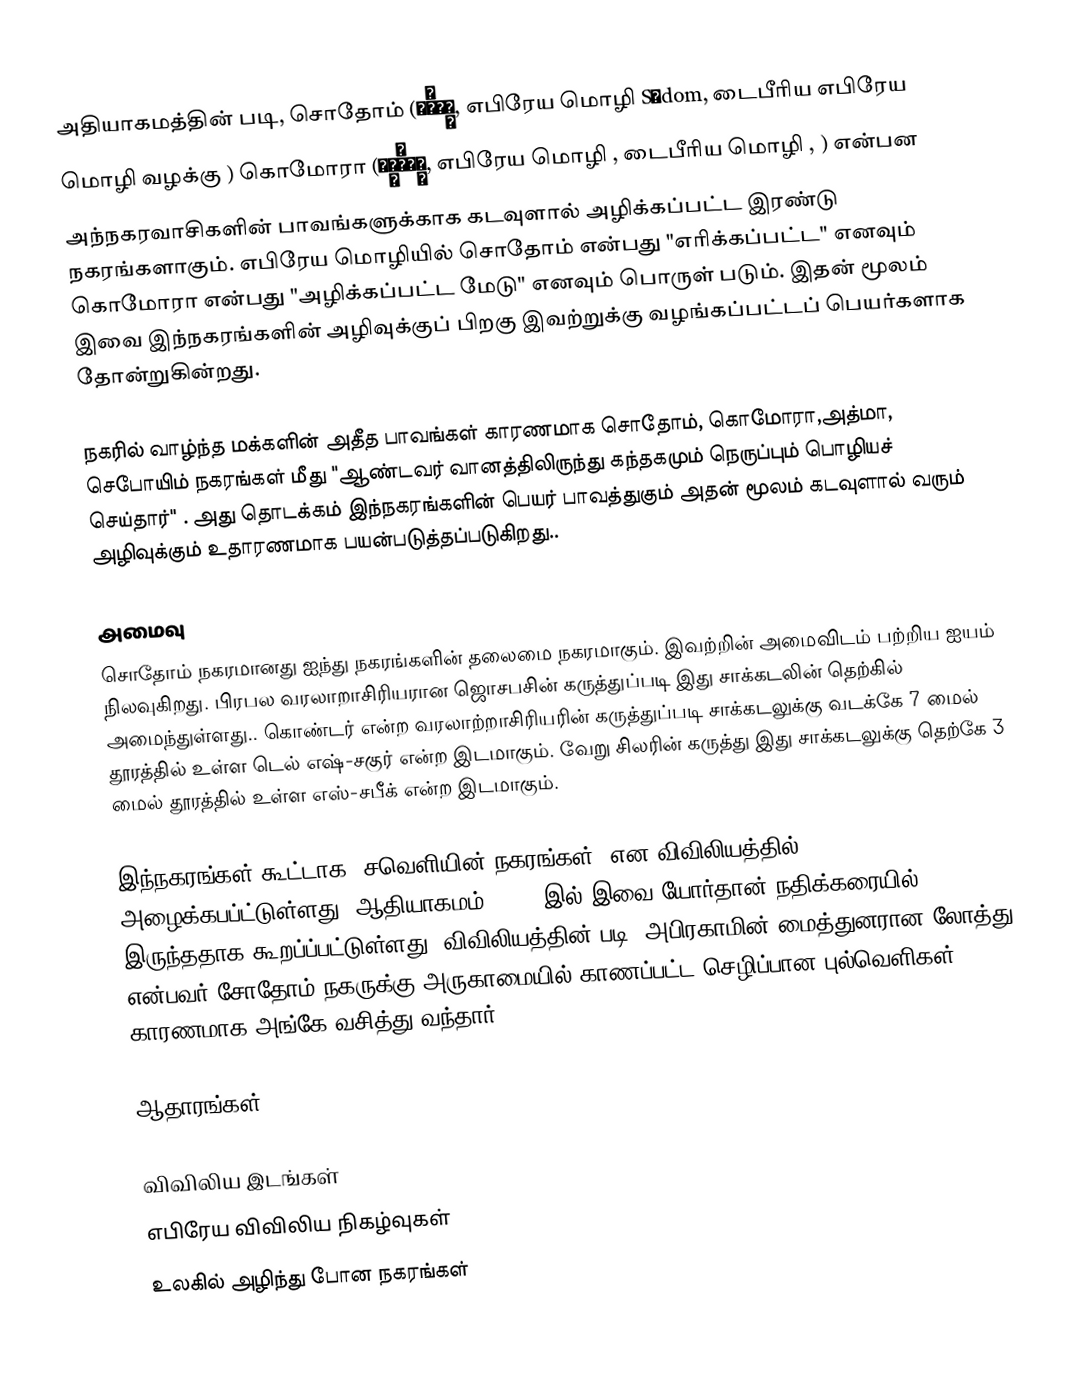
அதியாகமத்தின் படி, சொதோம் (סְדוֹם, எபிரேய மொழி Sədom, டைபீரிய எபிரேய மொழி வழக்கு ) கொமோரா (עֲמוֹרָה, எபிரேய மொழி , டைபீரிய மொழி , ) என்பன அந்நகரவாசிகளின் பாவங்களுக்காக கடவுளால் அழிக்கப்பட்ட இரண்டு நகரங்களாகும். எபிரேய மொழியில் சொதோம் என்பது "எரிக்கப்பட்ட" எனவும் கொமோரா என்பது "அழிக்கப்பட்ட மேடு" எனவும் பொருள் படும். இதன் மூலம் இவை இந்நகரங்களின் அழிவுக்குப் பிறகு இவற்றுக்கு வழங்கப்பட்டப் பெயர்களாக தோன்றுகின்றது.

நகரில் வாழ்ந்த மக்களின் அதீத பாவங்கள் காரணமாக சொதோம், கொமோரா,அத்மா, செபோயிம் நகரங்கள் மீது "ஆண்டவர் வானத்திலிருந்து கந்தகமும் நெருப்பும் பொழியச் செய்தார்" . அது தொடக்கம் இந்நகரங்களின் பெயர் பாவத்துகும் அதன் மூலம் கடவுளால் வரும் அழிவுக்கும் உதாரணமாக பயன்படுத்தப்படுகிறது..

அமைவு
சொதோம் நகரமானது ஐந்து நகரங்களின் தலைமை நகரமாகும். இவற்றின் அமைவிடம் பற்றிய ஐயம் நிலவுகிறது. பிரபல வரலாறாசிரியரான ஜொசபசின் கருத்துப்படி இது சாக்கடலின் தெற்கில் அமைந்துள்ளது.. கொண்டர் என்ற வரலாற்றாசிரியரின் கருத்துப்படி சாக்கடலுக்கு வடக்கே 7 மைல் தூரத்தில் உள்ள டெல் எஷ்-சகுர் என்ற இடமாகும். வேறு சிலரின் கருத்து இது சாக்கடலுக்கு தெற்கே 3 மைல் தூரத்தில் உள்ள எஸ்-சபீக் என்ற இடமாகும்.

இந்நகரங்கள் கூட்டாக "சவெளியின் நகரங்கள்" என விவிலியத்தில் அழைக்கபப்ட்டுள்ளது. ஆதியாகமம் 13:10 இல் இவை யோர்தான் நதிக்கரையில் இருந்ததாக கூறப்ப்பட்டுள்ளது. விவிலியத்தின் படி, அபிரகாமின் மைத்துனரான லோத்து என்பவர் சோதோம் நகருக்கு அருகாமையில் காணப்பட்ட செழிப்பான புல்வெளிகள் காரணமாக அங்கே வசித்து வந்தார்.

ஆதாரங்கள்

விவிலிய இடங்கள்
எபிரேய விவிலிய நிகழ்வுகள்
உலகில் அழிந்து போன நகரங்கள்